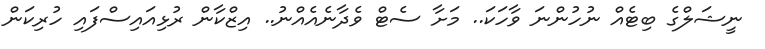
ނީޝަލްގެ ބިޓެއް ނުހުންނަ ވާހަކަ.. މަށާ ސެޓް ވެދާނެއެއްނު.. އިޒްކާން ރުޅިއައިސްފައި ހުރިކަން